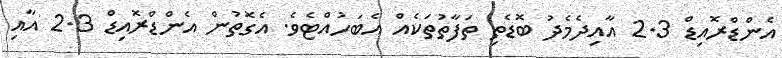
އެންޑްރޮއިޑް 2.3 އާއިދެމެދު ބޮޑެތި ތަފާތުތަކެއް އެބަހުއްޓެވެ. އެގޮތުން އެންޑްރޮއިޑް 2.3 އާއި